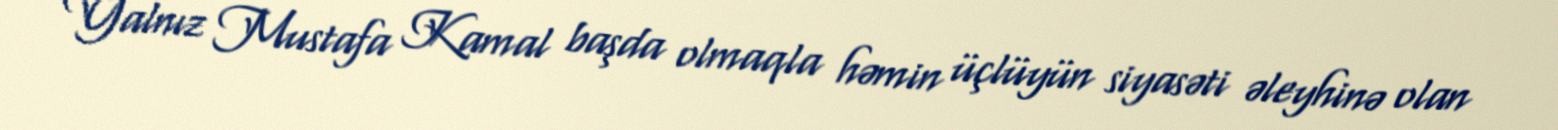
Yalnız Mustafa Kamal başda olmaqla həmin üçlüyün siyasəti əleyhinə olan